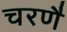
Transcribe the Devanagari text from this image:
चरणै